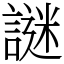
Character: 謎